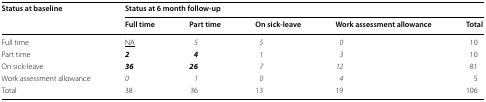
<table><thead><tr><td rowspan="2"><b>Status at baseline</b></td><td colspan="5"><b>Status at 6 month follow-up</b></td></tr><tr><td><b>Full time</b></td><td><b>Part time</b></td><td><b>On sick-leave</b></td><td><b>Work assessment allowance</b></td><td><b>Total</b></td></tr></thead><tbody><tr><td>Full time</td><td><underline>NA</underline></td><td><i>5</i></td><td><i>5</i></td><td><i>0</i></td><td>10</td></tr><tr><td>Part time</td><td><b><i>2</i></b></td><td><b><i>4</i></b></td><td><i>1</i></td><td><i>3</i></td><td>10</td></tr><tr><td>On sick-leave</td><td><b><i>36</i></b></td><td><b><i>26</i></b></td><td><i>7</i></td><td><i>12</i></td><td>81</td></tr><tr><td>Work assessment allowance</td><td><i>0</i></td><td><i>1</i></td><td><i>0</i></td><td><i>4</i></td><td>5</td></tr><tr><td>Total</td><td>38</td><td>36</td><td>13</td><td>19</td><td>106</td></tr></tbody></table>